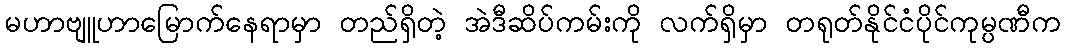
မဟာဗျူဟာမြောက်နေရာမှာ တည်ရှိတဲ့ အဲဒီဆိပ်ကမ်းကို လက်ရှိမှာ တရုတ်နိုင်ငံပိုင်ကုမ္ပဏီက